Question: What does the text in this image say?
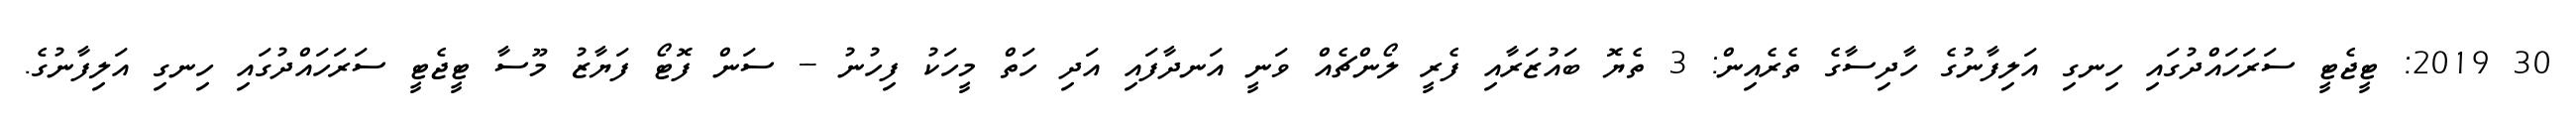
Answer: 30 2019: ޓީޖެޓީ ސަރަހައްދުގައި ހިނގި އަލިފާނުގެ ހާދިސާގެ ތެރެއިން: 3 ތެޔޮ ބައުޒަރާއި ފެރީ ލޯންޗެއް ވަނީ އަނދާފައި އަދި ހަތް މީހަކު ފިހުނު -- ސަން ފޮޓޯ ފަޔާޒު މޫސާ ޓީޖެޓީ ސަރަހައްދުގައި ހިނގި އަލިފާނުގެ.